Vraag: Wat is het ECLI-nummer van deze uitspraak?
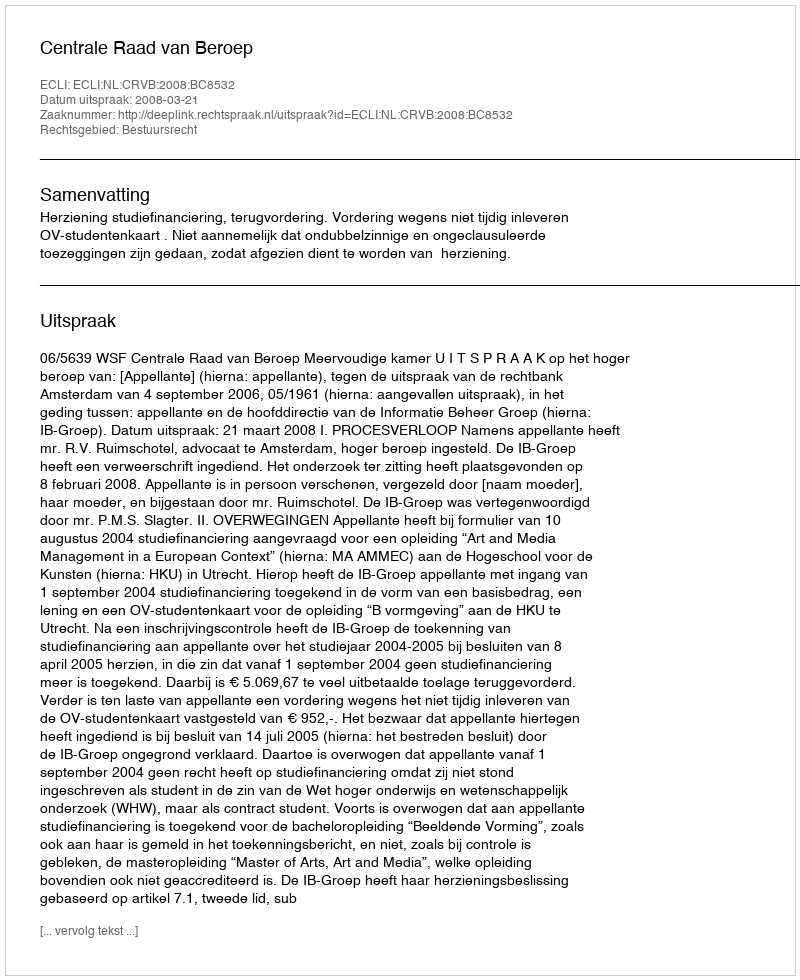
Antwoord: ECLI:NL:CRVB:2008:BC8532